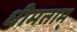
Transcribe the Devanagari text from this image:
धीमताम्